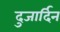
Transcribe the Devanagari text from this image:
दुजार्दिन